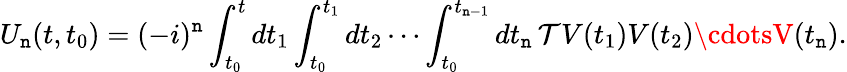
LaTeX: U_{\mathtt{n}}(t,t_{0})=(-i)^{\mathtt{n}}\int_{t_{0}}^{t}dt_{1}\int_{t_{0}}^{t_{1}}dt_{2}\cdots\int_{t_{0}}^{t_{\mathtt{n}-1}}dt_{\mathtt{n}}\, {\mathcal{{T}}}V(t_{1})V(t_{2})\cdotsV(t_{\mathtt{n}}).